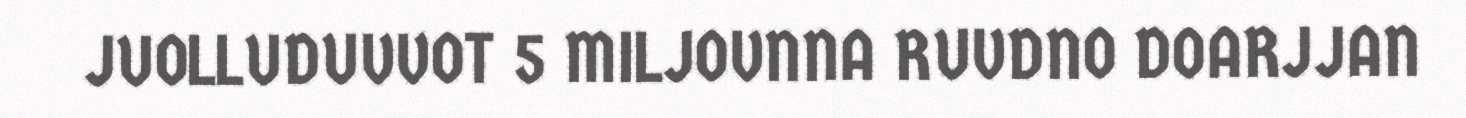
JUOLLUDUVVOT 5 MILJOVNNA RUVDNO DOARJJAN